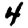
Digit: 4